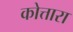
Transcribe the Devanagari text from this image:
कोत्तारा